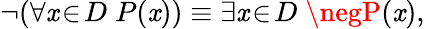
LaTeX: \neg(\forall\mathit{x}\! \in\! D\; P(\mathit{x}))\equiv\exists\mathit{x}\! \in\! D\; \negP(\mathit{x}),